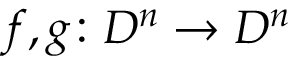
f , g \colon D ^ { n } \to D ^ { n }